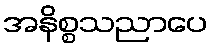
အနိစ္စသညာပေ